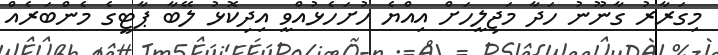
މިގަރާރު ގާނޫނު ހަދާ މަޖިލީހަށް އިއްޔެ ހުށަހެޅުއްވީ އިދިކޮޅު ލޭބާ ޕާޓީގެ މެންބަރެއް